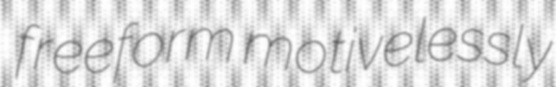
freeform motivelessly